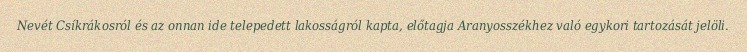
Nevét Csíkrákosról és az onnan ide telepedett lakosságról kapta, előtagja Aranyosszékhez való egykori tartozását jelöli.